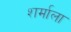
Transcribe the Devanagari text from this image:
शर्माला